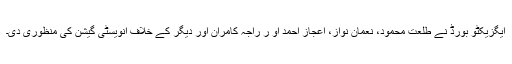
ایگزیکٹو بورڈ نے طلعت محمود، نعمان نواز، اعجاز احمد او ر راجہ کامران اور دیگر کے خلاف انویسٹی گیشن کی منظوری دی۔